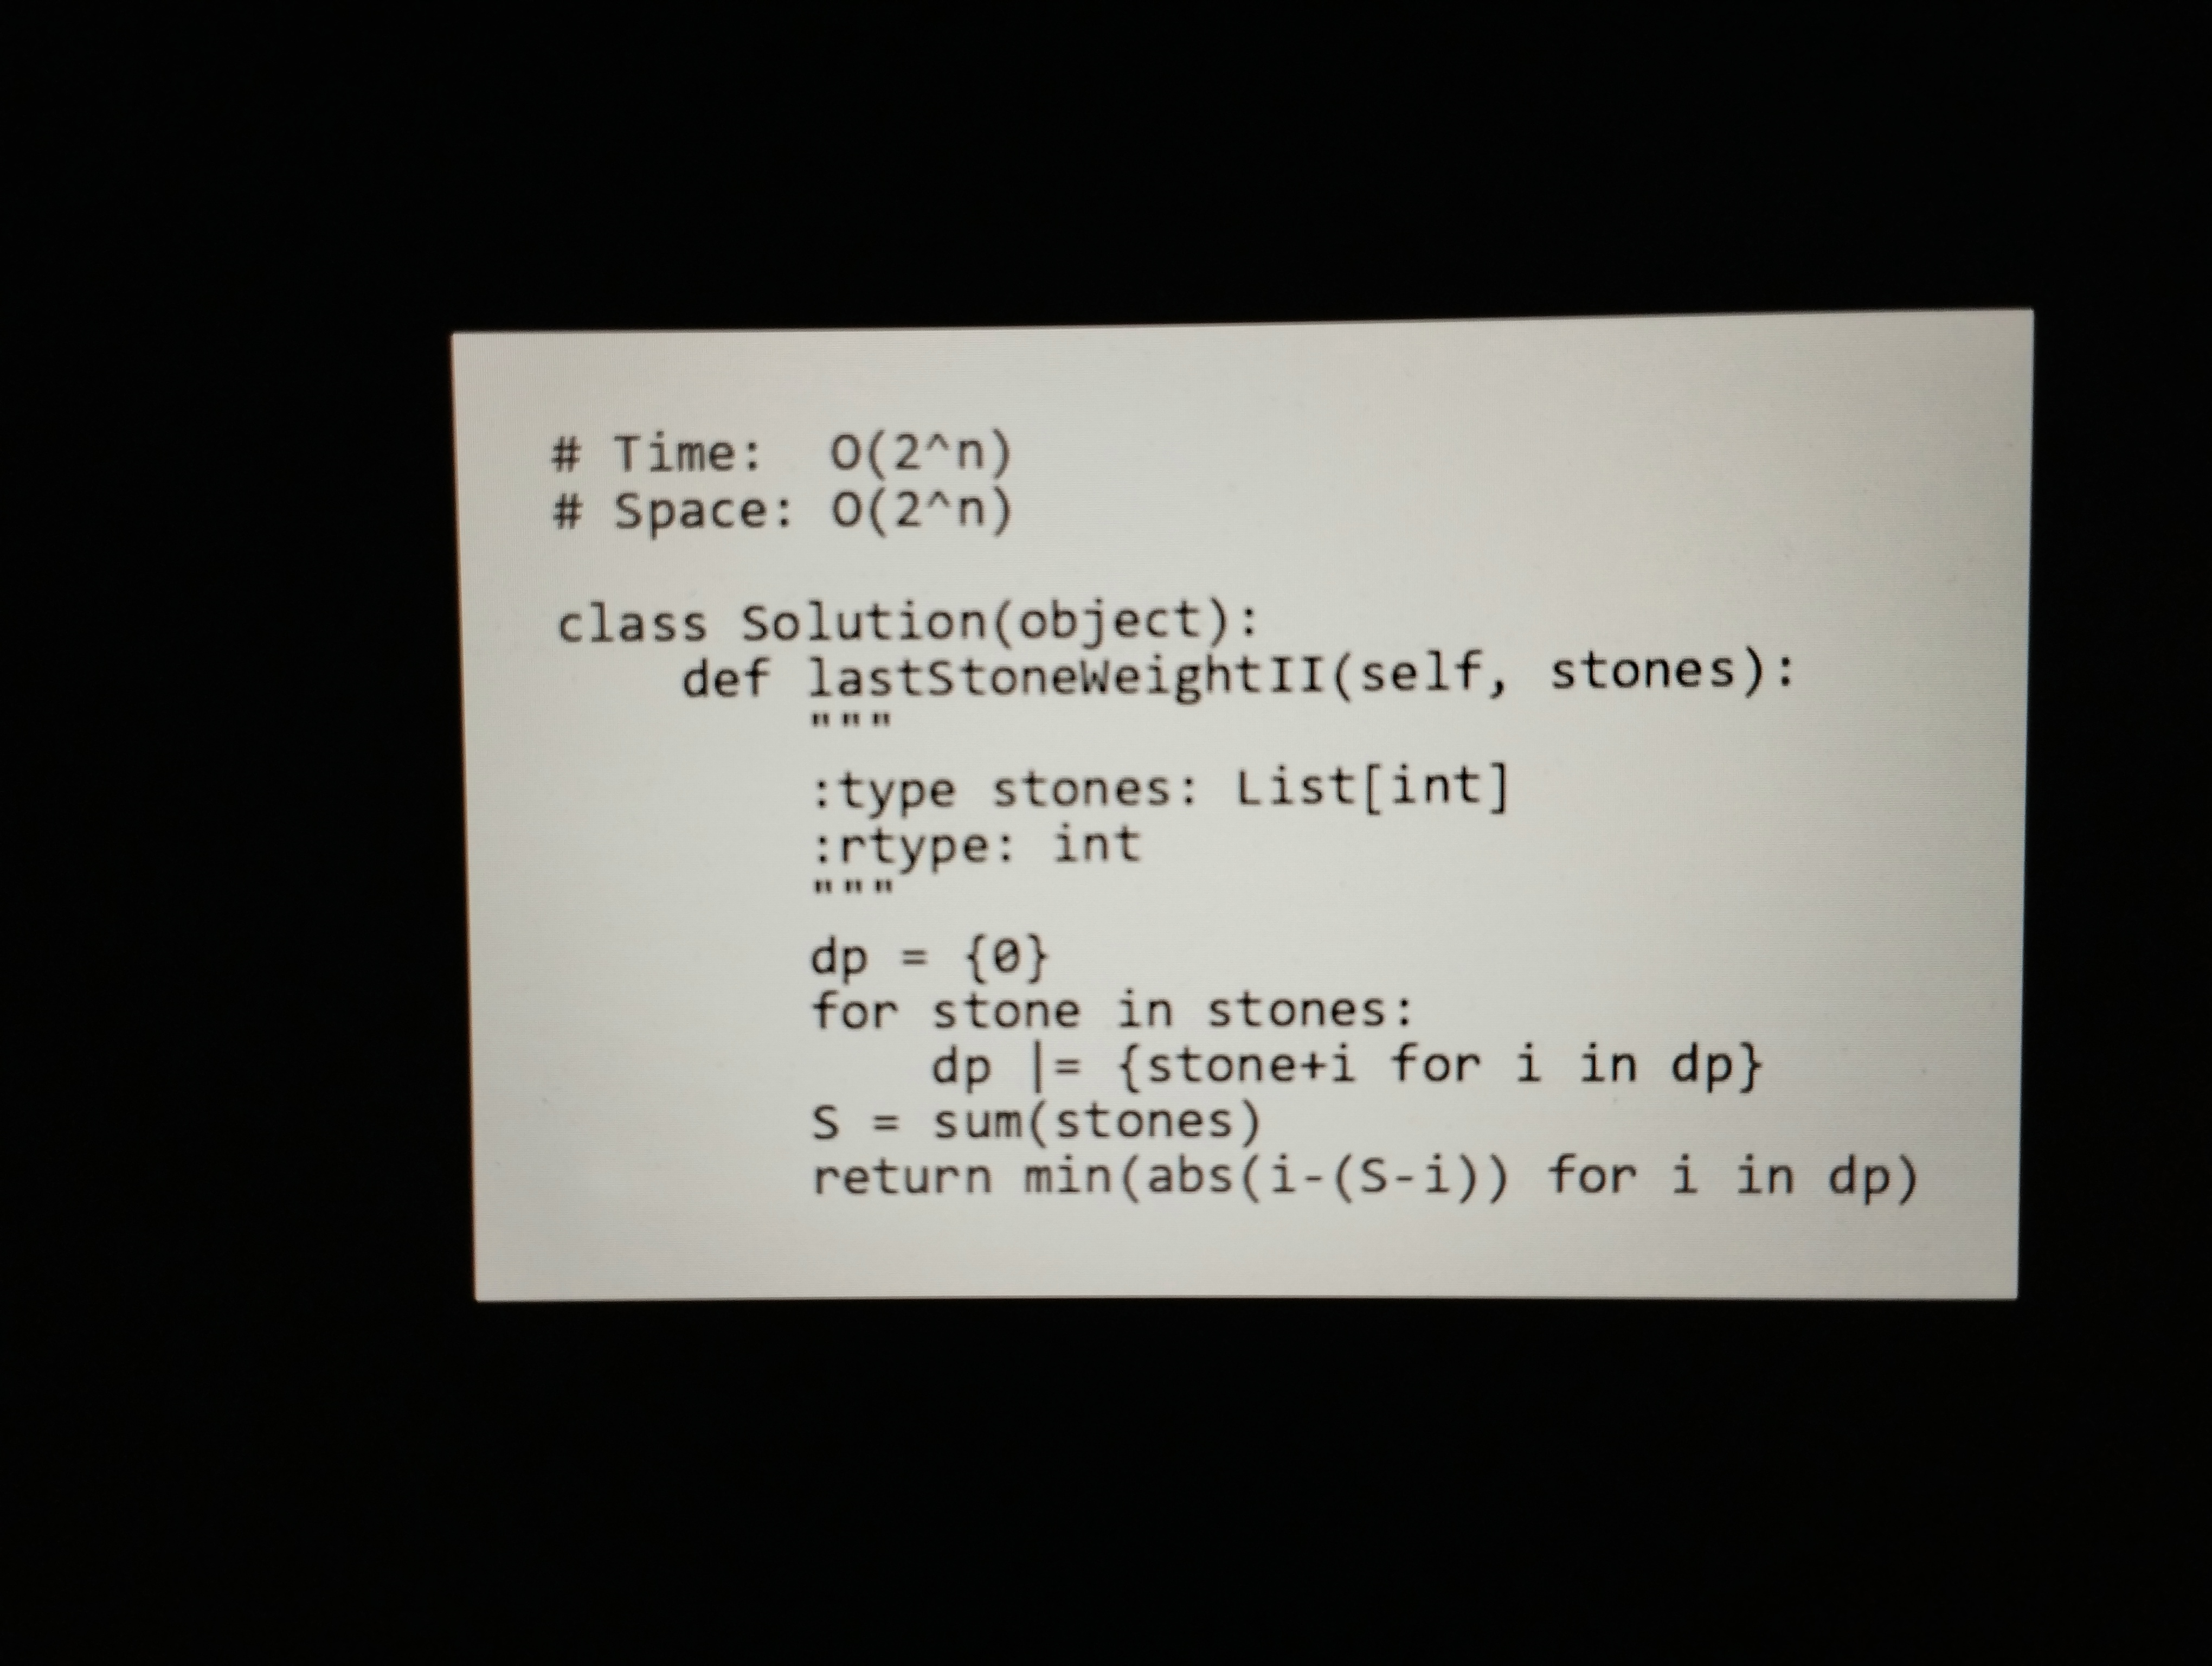
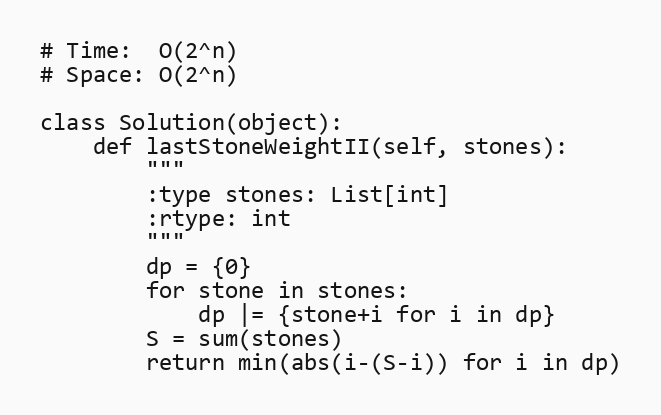
# Time:  O(2^n)
# Space: O(2^n)

class Solution(object):
    def lastStoneWeightII(self, stones):
        """
        :type stones: List[int]
        :rtype: int
        """
        dp = {0}
        for stone in stones:
            dp |= {stone+i for i in dp}
        S = sum(stones)
        return min(abs(i-(S-i)) for i in dp)